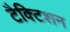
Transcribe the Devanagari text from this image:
टैक्टिशन